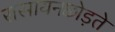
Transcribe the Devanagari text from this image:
रासायनछोड़ते